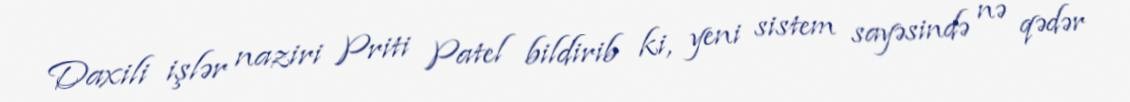
Daxili işlər naziri Priti Patel bildirib ki, yeni sistem sayəsində nə qədər